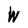
Character: W